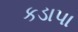
કડાપા